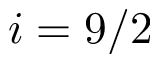
i = 9 / 2